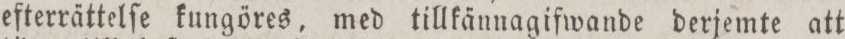
efterrättelſe kungöres, med tillkännagifwande derjemte att